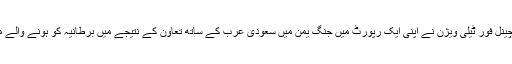
اس سے پہلے برطانیہ کے چینل فور ٹیلی ویژن نے اپنی ایک رپورٹ میں جنگ یمن میں سعودی عرب کے ساتھ تعاون کے نتیجے میں برطانیہ کو ہونے والے مالی فوائد کا انکشاف کیا تھا۔